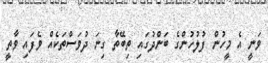
ވަނީ އެ މީހުން ފުލުހުންގެ ބަންދުގައި ތިބޭތާ ގިނަ ދުވަސްތަކެއް ވެފައި ވާތީ